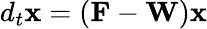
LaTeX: d_{t}\mathbf{x}=(\mathbf{F}-\mathbf{W})\mathbf{x}